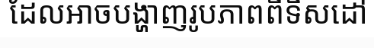
ដែលអាចបង្ហាញរូបភាពពីទិសដៅ